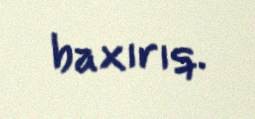
baxırıq.